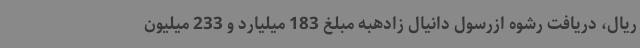
ریال، دریافت رشوه ازرسول دانیال زادهبه مبلغ 183 میلیارد و 233 میلیون